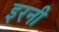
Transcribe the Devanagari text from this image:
इरनी